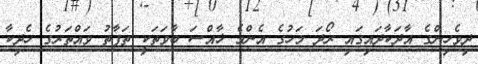
ދިވެހިންގެ އާދަކާދައިގައި ރޯދަ މަހުގެ އެންމެ ޚާއްސަ ބާވަތަކީ ތަފާތު ވައްތަރުގެ ހެދިކާ